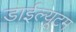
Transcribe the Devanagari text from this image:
डाईल्यूटम